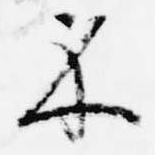
示